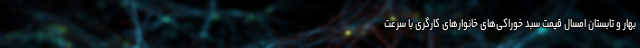
بهار و تابستان امسال قیمتِ سبد خوراکی‌های خانوارهای کارگری با سرعت